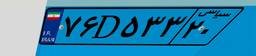
۷۶D۵۳۳۲۰